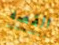
القصه